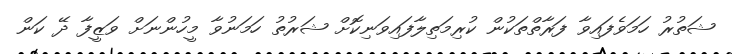
ޝަތުރު ހަމަވެފައިވާ ފަރާތްތަކުން ކުރިމަތިލާފައިވަނިކޮށް ޝަރުތު ހަމަނުވާ މީހުންނަށް ވަޒީފާ ދޭ ކަން